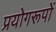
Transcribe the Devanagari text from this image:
प्रयोगरूपों